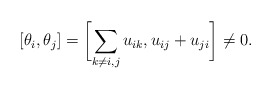
\begin{gather*} [\theta_i,\theta_j]=\biggl[\sum_{k \not= i,j} u_{ik},u_{ij}+u_{ji} \biggr] \not= 0.\end{gather*}